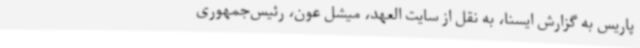
پاریس به گزارش ایسنا، به نقل از سایت العهد، میشل عون، رئیس‌جمهوری